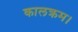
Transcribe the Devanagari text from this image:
कालक्रम।